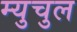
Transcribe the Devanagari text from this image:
म्युचुल